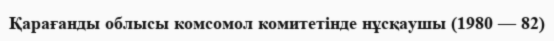
Қарағанды облысы комсомол комитетінде нұсқаушы (1980 — 82)